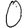
Digit: 0